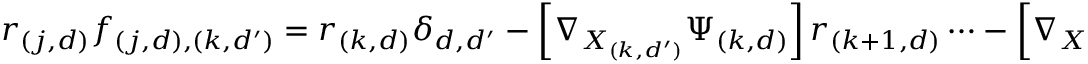
\begin{array} { r } { r _ { ( j , d ) } f _ { ( j , d ) , ( k , d ^ { \prime } ) } = r _ { ( k , d ) } \delta _ { d , d ^ { \prime } } - \left[ \nabla _ { X _ { ( k , d ^ { \prime } ) } } \Psi _ { ( k , d ) } \right] r _ { ( k + 1 , d ) } \cdots - \left[ \nabla _ { X _ { ( k , d ^ { \prime } ) } } \Psi _ { ( k + \ell , d ) } \right] r _ { { ( k + \ell , d ) } } = \frac { \partial \phi } { \partial X _ { ( k , d ^ { \prime } ) } } . } \end{array}